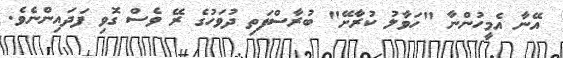
އޭނާ އެމީހުންނާ "ހަވާލު ކުރާށޭ" ބުރާސްފަތި ދުވަހުގެ ރޭ ވެސް ގޮވި ފަދައިންނެވެ.